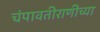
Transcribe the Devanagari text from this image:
चंपावतीराणीच्या